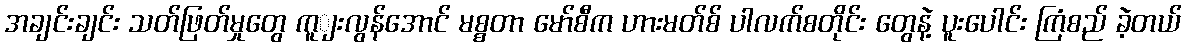
အချင်းချင်း သတ်ဖြတ်မှုတွေ ကူျးလွန်အောင် မစ္စတာ မော်စီက ဟားမတ်စ် ပါလက်စတိုင်း တွေနဲ့ ပူးပေါင်း ကြံစည် ခဲ့တယ်